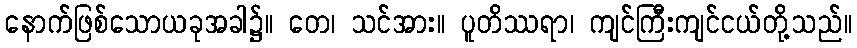
နောက်ဖြစ်သောယခုအခါ၌။ တေ၊ သင်အား။ ပူတိဿရာ၊ ကျင်ကြီးကျင်ငယ်တို့သည်။